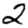
Digit: 2